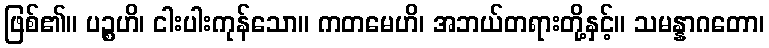
ဖြစ်၏။ ပဉ္စဟိ၊ ငါးပါးကုန်သော။ ကတမေဟိ၊ အဘယ်တရားတို့နှင့်။ သမန္နာဂတော၊